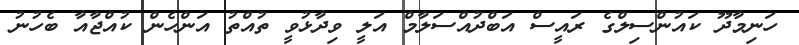
ހަނިމާދޫ ކައުންސިލްގެ ރައީސް އަބްދުއްސަލާމް އަލީ ވިދާޅުވީ ތުއްތު އަންހެން ކުއްޖާއާ ބެހުނު